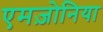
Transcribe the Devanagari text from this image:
एमज़ोनिया